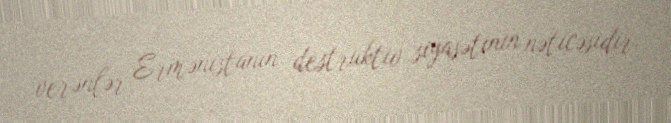
verənlər Ermənistanın destruktiv siyasətinin nəticəsidir.